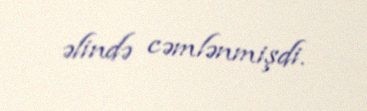
əlində cəmlənmişdi.